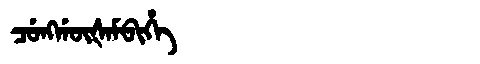
Manchu: ᠴᡠᠩᡤᡡᡧᠠᠮᠪᡳᡥᡝ
Romanization: CUNGGŪŠAMBIHE